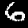
Digit: 6